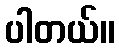
ပါတယ်။